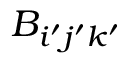
B _ { i ^ { \prime } j ^ { \prime } k ^ { \prime } }